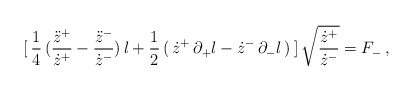
\begin{align*}[\: \frac{1}{4}\,(\frac{\ddot{z}^{+}}{\dot{z}^{+}} -\frac{\ddot{z}^{-}}{\dot{z}^{-}})\,l+ \frac{1}{2}\,(\,\dot{z}^{+}\,\partial_{+}l- \dot{z}^{-}\,\partial_{-}l\,)\:]\,\sqrt{\frac{\dot{z}^{+}}{\dot{z}^{-}}} =F_{-} \,,\end{align*}